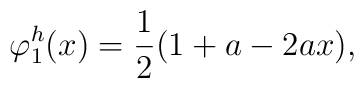
\varphi^h_1(x) = {1 \over 2} ( 1 + a - 2 a x ) ,